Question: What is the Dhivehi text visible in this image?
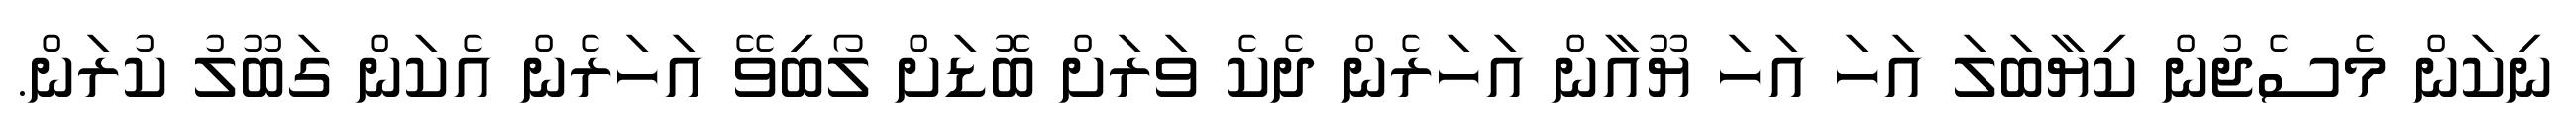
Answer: ނިކަން މެސެޖުން ކިޔާބަލަ އަހަ އަހަ ޔޫއާން އަހަރެން ދެކެ ވަރަށް ބޮޑަށް ލޯބިވޭ އަހަރެން އެކަން ގަބޫލު ކުރަން.